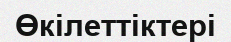
Өкілеттіктері